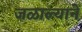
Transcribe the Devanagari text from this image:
जळाल्यानें